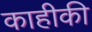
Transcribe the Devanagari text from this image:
काहीकी